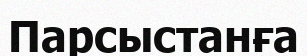
Парсыстанға